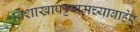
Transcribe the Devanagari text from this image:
विशाखापट्टणमच्याबाहेर